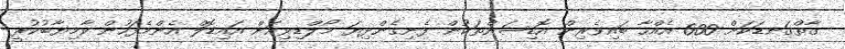
ގާތްގަނޑަކަށް 600 އެއްހާ ބައިވެރިން އޮޑިޝަންތަކުން ފެނިގެންދިޔަ މޯލްޑިވިއަން އައިޑޮލް އެންމެފަހުން ކާމިޔާބުކުރީ